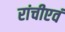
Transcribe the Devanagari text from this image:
रांचीएवं